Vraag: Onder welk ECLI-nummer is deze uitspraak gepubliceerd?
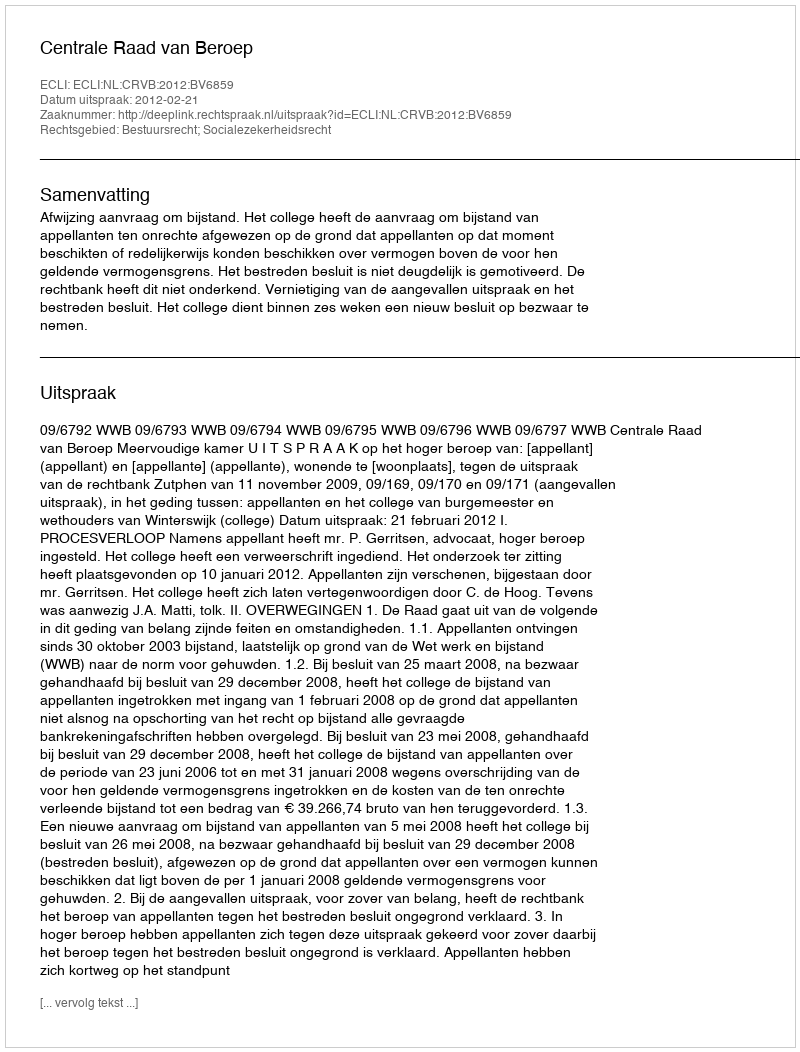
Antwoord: ECLI:NL:CRVB:2012:BV6859